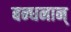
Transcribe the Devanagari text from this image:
बन्‍धनान्